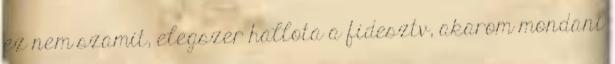
ez nem szamit, elegszer hallota a fidesztv, akarom mondani